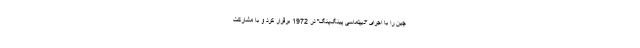
چین را با اجرای "دیپلماسی پینگ‌پنگ" در 1972 برقرار کرد و با مشارکت